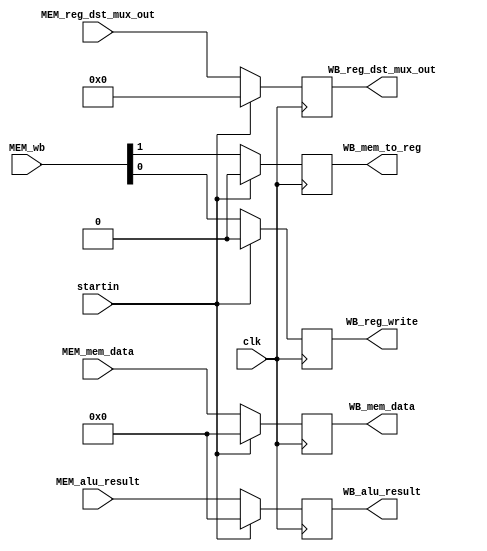
module MEM_WB_reg (
    input clk,
    input startin,
    input [1:0] MEM_wb,
    input [31:0] MEM_mem_data,
    input [31:0] MEM_alu_result,
    input [4:0] MEM_reg_dst_mux_out,
    output reg WB_reg_write,
    output reg WB_mem_to_reg,
    output reg [31:0] WB_mem_data,
    output reg [31:0] WB_alu_result,
    output reg [4:0] WB_reg_dst_mux_out
);

  always @(posedge clk) begin
    if (startin) begin
      WB_reg_write <= 1'b0;
      WB_mem_to_reg <= 1'b0;
      WB_alu_result <= 32'b0;
      WB_mem_data <= 32'b0;
      WB_reg_dst_mux_out <= 5'b0;
    end else begin
      WB_reg_write <= MEM_wb[0];
      WB_mem_to_reg <= MEM_wb[1];
      WB_alu_result <= MEM_alu_result;
      WB_mem_data <= MEM_mem_data;
      WB_reg_dst_mux_out <= MEM_reg_dst_mux_out;
    end
  end
endmodule